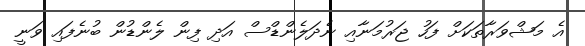
އެ މަޝްވަރާތަކަށް ފަހު ޖަރުމަނާއި ނެދަލެންޑްސް އަދި ފިން ލެންޑުން ބުނެފައި ވަނީ